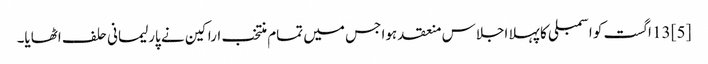
[5] 13 اگست کو اسمبلی کا پہلا اجلاس منعقد ہوا جس میں تمام منتخب اراکین نے پارلیمانی حلف اٹھایا۔